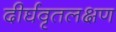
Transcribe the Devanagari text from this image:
दीर्घवृतलक्षण